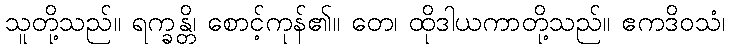
သူတို့သည်။ ရက္ခန္တိ၊ စောင့်ကုန်၏။ တေ၊ ထိုဒါယကာတို့သည်။ ဧကဒိဝသံ၊